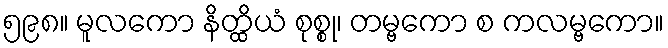
၅၉၈။ မူလကော နိတ္ထိယံ စုစ္စု၊ တမ္ဗကော စ ကလမ္ဗကော။